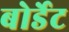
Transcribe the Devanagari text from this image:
बोर्डेट